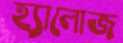
হ্যালোজ